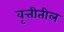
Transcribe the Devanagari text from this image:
वृत्तीतील